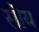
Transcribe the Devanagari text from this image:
सॊय